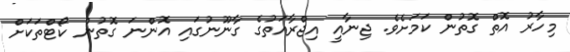
މިހާރު އޮތް ގޮތުން ކަމަށެވެ. ޖިނާއީ އިޖްރާއަތުގެ ގާނޫނުގައި އޮންނަ ގޮތުން ކޯޓްތަކަށް